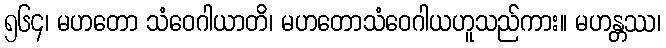
၅၆၄၊ မဟတော သံဝေဂါယာတိ၊ မဟတောသံဝေဂါယဟူသည်ကား။ မဟန္တဿ၊